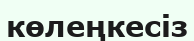
көлеңкесіз